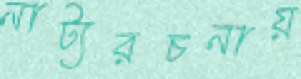
নাট্যরচনায়